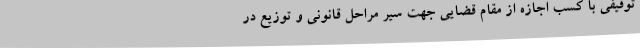
توقیفی با کسب اجازه از مقام قضایی جهت سیر مراحل قانونی و توزیع در